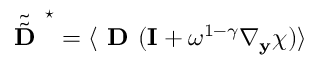
\tilde { \tilde { \textbf { D } } } ^ { \star } = \langle \textbf { D } ( \mathbf I + \omega ^ { 1 - \gamma } \nabla _ { \mathbf y } \boldsymbol { \chi } ) \rangle